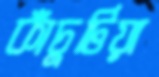
কাঁচুটিয়া